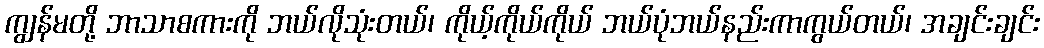
ကျွန်မတို့ ဘာသာစကားကို ဘယ်လိုသုံးတယ်၊ ကိုယ့်ကိုယ်ကိုယ် ဘယ်ပုံဘယ်နည်းကာကွယ်တယ်၊ အချင်းချင်း